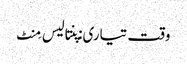
وقت تیاری: پنتالیس مِنٹ